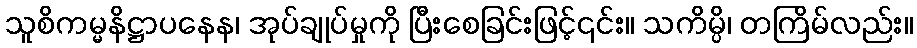
သူစိကမ္မနိဋ္ဌာပနေန၊ အုပ်ချုပ်မှုကို ပြီးစေခြင်းဖြင့်၎င်း။ သကိမ္ပိ၊ တကြိမ်လည်း။